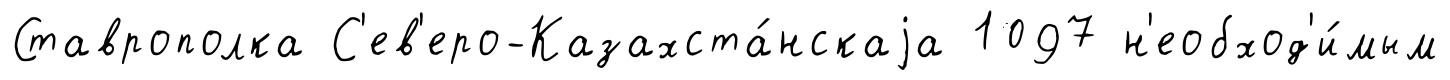
Ставрополка С'ев'еро-Казахста́нскаjа 1097 н'еобход'и́мым